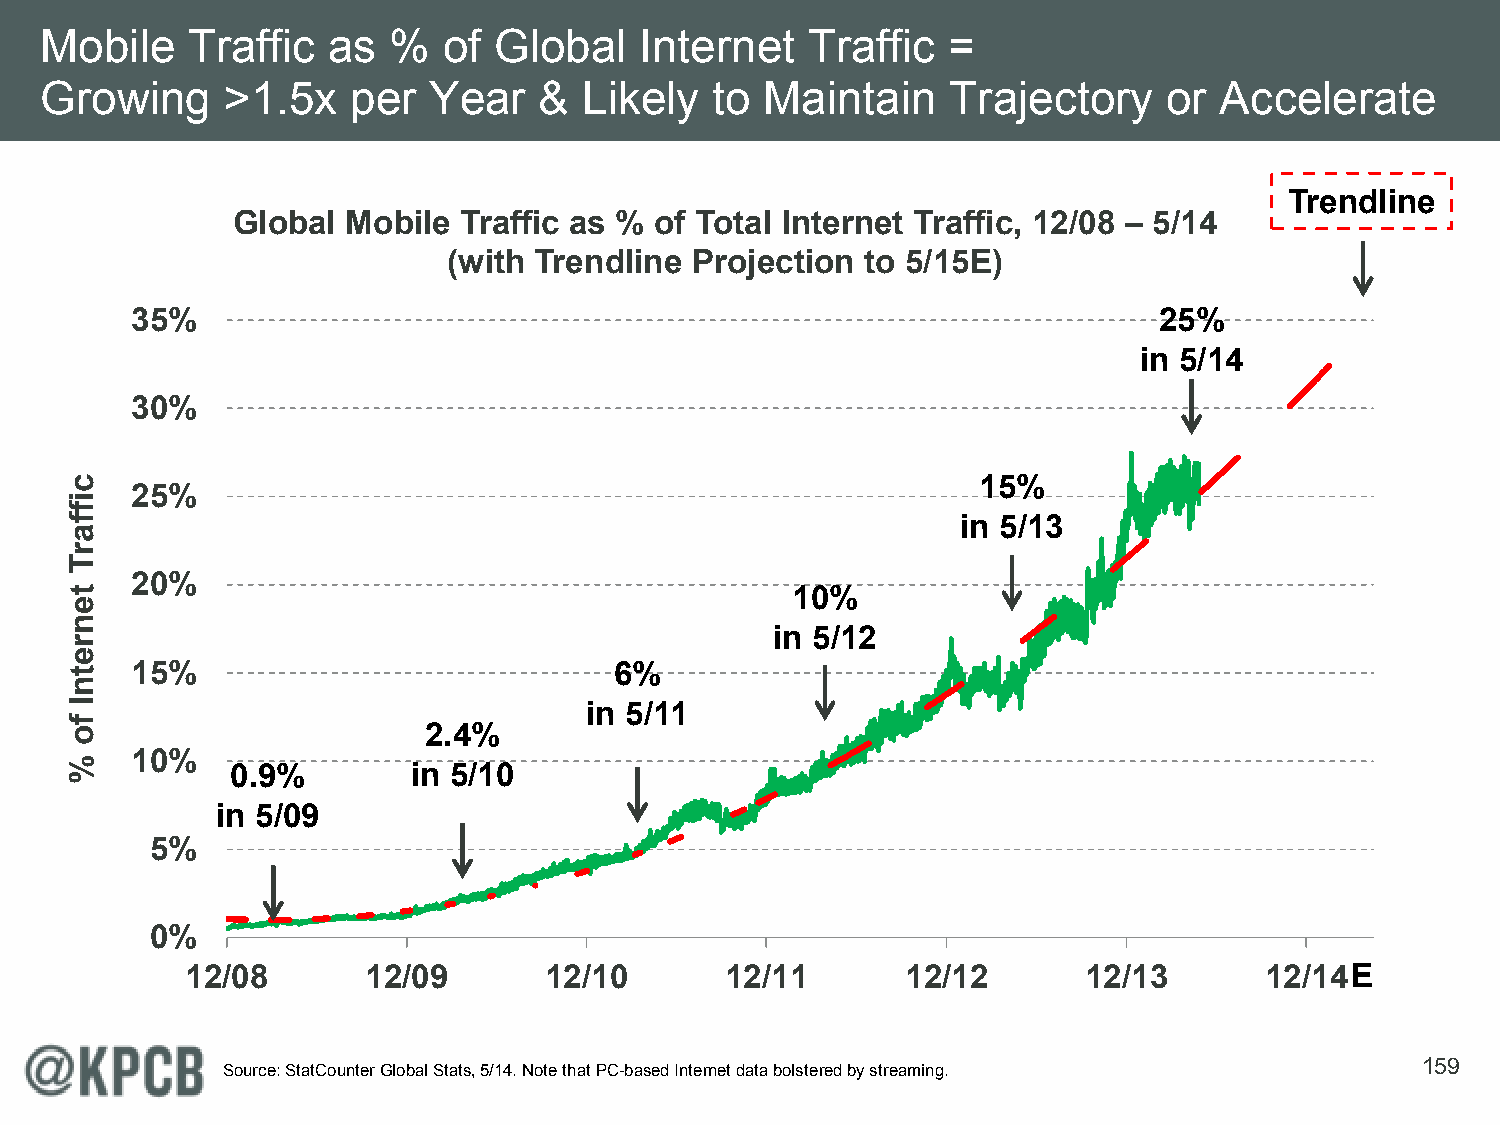
Mobile   Traffic   as  %  of  Global   Internet   Traffic   =
 Growing     >1.5x   per  Year    &  Likely  to  Maintain    Trajectory    or  Accelerate
 Trendline
 Global  Mobile Traffic as % of Total Internet Traffic, 12/08 – 5/14
 (with Trendline Projection to 5/15E)
 35%                                                                 25%
 in 5/14
 30%
 15%
 25%
 in 5/13
 20%
 10%
 in 5/12
 15%                             6%
 in 5/11
 2.4%
 10%
 0.9%        in 5/10
 in 5/09
 5%
 0%
 12/08       12/09       12/10       12/11       12/12       12/13       12/14E
 159
 Source: StatCounter Global Stats, 5/14. Note that PC-based Internet data bolstered by streaming.
 ciffarT
 tenretnI
 fo
 %